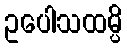
ဥပေါသထမ္ပိ